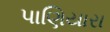
પાણિયારા